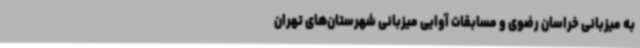
به میزبانی خراسان رضوی و مسابقات آوایی میزبانی شهرستان‌های تهران